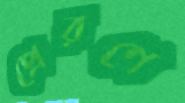
প্রেরণে